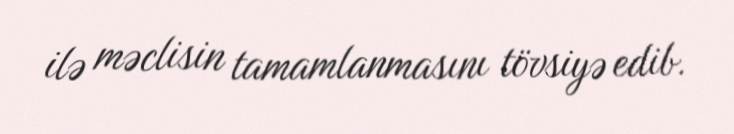
ilə məclisin tamamlanmasını tövsiyə edib.